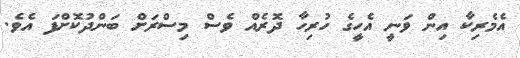
އެމެރިކާ އިން ވަނީ އެހީގެ ހުރިހާ ދޮރެއް ވެސް މިސްރަށް ބަންދުކޮށްފަ އެވެ.